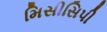
મિસીસિપી